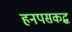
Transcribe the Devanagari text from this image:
हनपसकद्ध